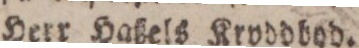
Herr Haßels Krvddbod.